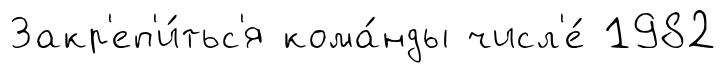
Закр'еп'и́тьс'я кома́нды числ'е́ 1982